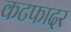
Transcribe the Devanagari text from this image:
कटफादर